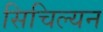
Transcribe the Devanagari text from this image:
सिचिल्यन